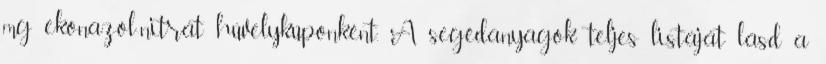
mg ekonazol-nitrát hüvelykúponként. A segédanyagok teljes listáját lásd a